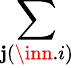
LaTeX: \sum_{\mathbf{j}(\inn.i)}